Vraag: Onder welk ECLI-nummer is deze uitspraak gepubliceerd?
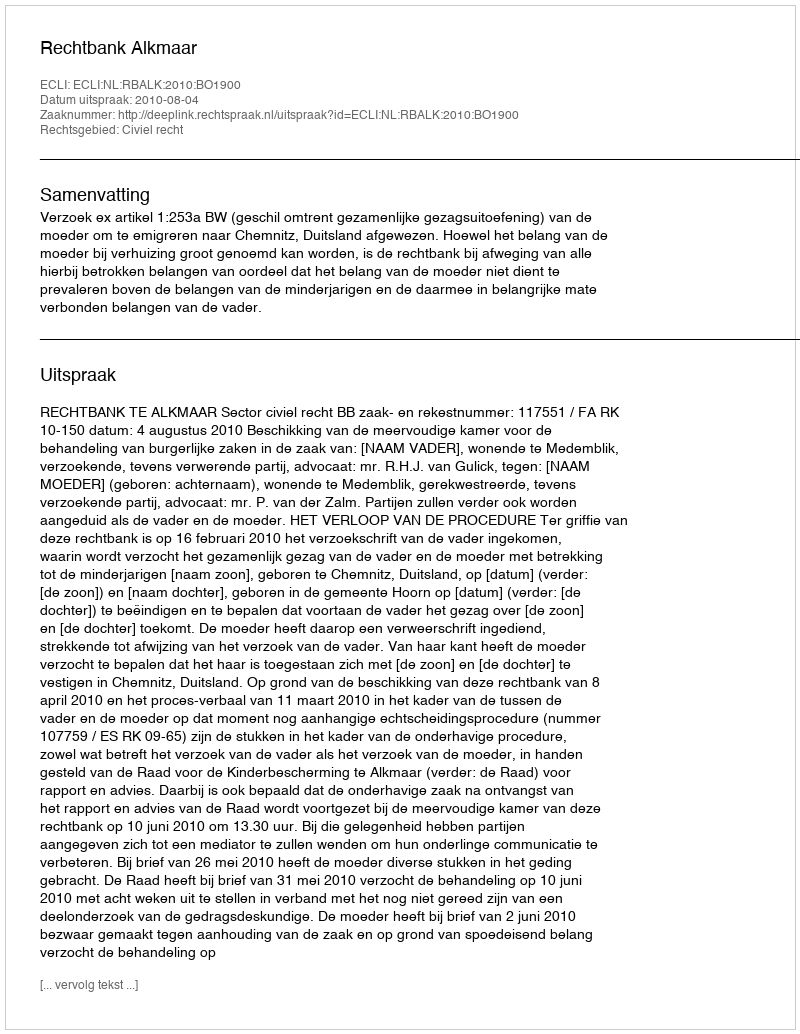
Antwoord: ECLI:NL:RBALK:2010:BO1900